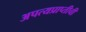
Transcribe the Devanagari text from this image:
अपत्यप्राप्तीची